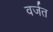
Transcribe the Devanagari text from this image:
वर्जत